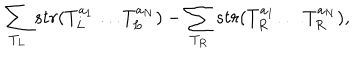
LaTeX: \sum _ { T _ { L } } s t r ( T _ { L } ^ { a _ { 1 } } \ldots T _ { L } ^ { a _ { N } } ) - \sum _ { T _ { R } } s t r ( T _ { R } ^ { a _ { 1 } } \ldots T _ { R } ^ { a _ { N } } ) ,